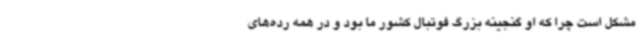
مشکل است چرا که او گنجینه بزرگ فوتبال کشور ما بود و در همه رده‌های